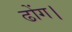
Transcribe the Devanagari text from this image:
ढोंग।